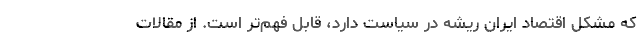
که مشکل اقتصاد ایران ریشه در سیاست دارد، قابل فهم‌تر است. از مقالات